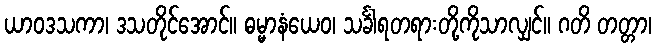
ယာဝဒသကာ၊ ဒသတိုင်အောင်။ ဓမ္မာနံယေဝ၊ သင်္ခါရတရားတို့ကိုသာလျှင်။ ဂတိ တတ္တာ၊